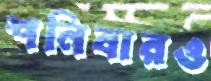
শনিবারও